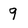
Character: 9